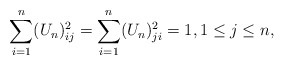
\begin{align*}\sum_{i=1}^n (U_n)_{ij}^2=\sum_{i=1}^n (U_n)_{ji}^2=1,1\leq j\leq n,\end{align*}